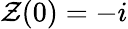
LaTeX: \mathcal{Z}(0)=-i